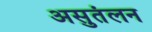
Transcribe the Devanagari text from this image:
असुतंलन